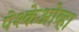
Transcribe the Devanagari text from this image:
पेश्केओव्हा